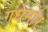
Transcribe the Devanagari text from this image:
गधेमार